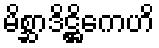
မိစ္ဆာဒိဋ္ဌိကေဟိ